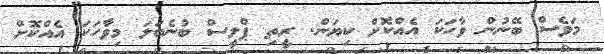
މަވެސް ބޭނުން ވާހަކަ އެއްކޮށް ކިޔަން. ރީތި ޕްލީސް ބުނެބަަލަ މިވާހަކަ އެއްކޮށް